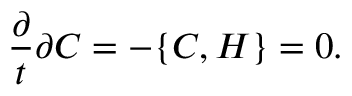
\frac { \partial } { t } { \partial C } = - \{ C , H \} = 0 .